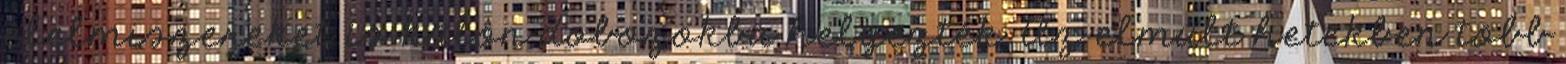
élelmiszereket is külön dobozokba helyezték. Az elmúlt hetekben több